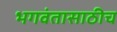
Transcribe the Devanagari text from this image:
भगवंतासाठीच